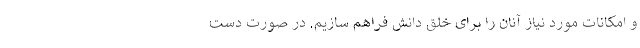
و امکانات مورد نیاز آنان را برای خلق دانش فراهم سازیم. در صورت دست